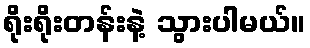
ရိုးရိုးတန်းနဲ့ သွားပါမယ်။